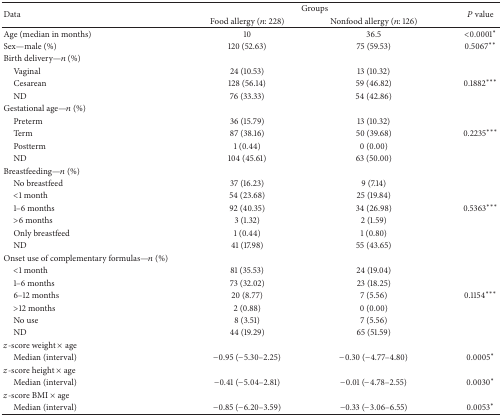
<table><thead><tr><td rowspan="2"><b>Data</b></td><td colspan="2"><b>Groups</b></td><td rowspan="2"><b><i>P</i> value</b></td></tr><tr><td><b>Food allergy (<i>n</i>: 228)</b></td><td><b>Nonfood allergy (<i>n</i>: 126)</b></td></tr></thead><tbody><tr><td>Age (median in months)</td><td>10</td><td>36.5</td><td>&lt;0.0001*</td></tr><tr><td>Sex—male (%)</td><td>120 (52.63)</td><td>75 (59.53)</td><td>0.5067**</td></tr><tr><td>Birth delivery—<i>n</i> (%)</td><td> </td><td> </td><td> </td></tr><tr><td> Vaginal</td><td>24 (10.53)</td><td>13 (10.32)</td><td> </td></tr><tr><td> Cesarean </td><td>128 (56.14)</td><td>59 (46.82)</td><td>0.1882***</td></tr><tr><td> ND </td><td>76 (33.33)</td><td>54 (42.86)</td><td> </td></tr><tr><td>Gestational age—<i>n</i> (%)</td><td> </td><td> </td><td> </td></tr><tr><td> Preterm </td><td>36 (15.79)</td><td>13 (10.32)</td><td> </td></tr><tr><td> Term</td><td>87 (38.16)</td><td>50 (39.68)</td><td>0.2235***</td></tr><tr><td> Postterm</td><td>1 (0.44)</td><td>0 (0.00)</td><td> </td></tr><tr><td> ND</td><td>104 (45.61)</td><td>63 (50.00)</td><td> </td></tr><tr><td>Breastfeeding—<i>n</i> (%)</td><td> </td><td> </td><td> </td></tr><tr><td> No breastfeed</td><td>37 (16.23)</td><td>9 (7.14)</td><td> </td></tr><tr><td> &lt;1 month</td><td>54 (23.68)</td><td>25 (19.84)</td><td> </td></tr><tr><td> 1–6 months</td><td>92 (40.35)</td><td>34 (26.98)</td><td>0.5363***</td></tr><tr><td> &gt;6 months</td><td>3 (1.32)</td><td>2 (1.59)</td><td> </td></tr><tr><td> Only breastfeed</td><td>1 (0.44)</td><td>1 (0.80)</td><td> </td></tr><tr><td> ND</td><td>41 (17.98)</td><td>55 (43.65)</td><td> </td></tr><tr><td>Onset use of complementary formulas—<i>n</i> (%)</td><td> </td><td> </td><td> </td></tr><tr><td> &lt;1 month</td><td>81 (35.53)</td><td>24 (19.04)</td><td> </td></tr><tr><td> 1–6 months</td><td>73 (32.02)</td><td>23 (18.25)</td><td> </td></tr><tr><td> 6–12 months</td><td>20 (8.77)</td><td>7 (5.56)</td><td>0.1154***</td></tr><tr><td> &gt;12 months</td><td>2 (0.88)</td><td>0 (0.00)</td><td> </td></tr><tr><td> No use</td><td>8 (3.51)</td><td>7 (5.56)</td><td> </td></tr><tr><td> ND</td><td>44 (19.29)</td><td>65 (51.59)</td><td> </td></tr><tr><td><i>z</i>-score weight × age</td><td> </td><td> </td><td> </td></tr><tr><td> Median (interval)</td><td>−0.95 (−5.30–2.25)</td><td>−0.30 (−4.77–4.80)</td><td>0.0005*</td></tr><tr><td><i>z</i>-score height × age</td><td> </td><td> </td><td> </td></tr><tr><td> Median (interval)</td><td>−0.41 (−5.04–2.81)</td><td>−0.01 (−4.78–2.55) </td><td>0.0030*</td></tr><tr><td><i>z</i>-score BMI × age</td><td> </td><td> </td><td> </td></tr><tr><td> Median (interval)</td><td>−0.85 (−6.20–3.59) </td><td>−0.33 (−3.06–6.55)</td><td>0.0053*</td></tr></tbody></table>